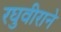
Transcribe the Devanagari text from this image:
रघुवीराने